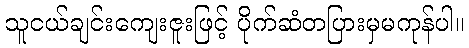
သူငယ်ချင်းကျေးဇူးဖြင့် ပိုက်ဆံတပြားမှမကုန်ပါ။